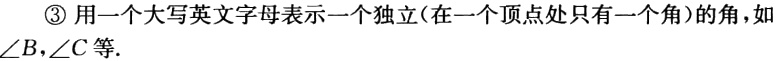
\textcircled{3} 用一个大写英文字母表示一个独立(在一个顶点处只有一个角)的角，如$\angle B,\angle C$等.